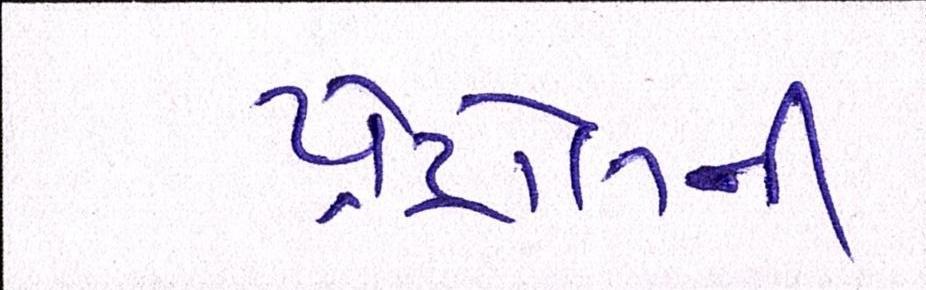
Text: પેટ્રોલની